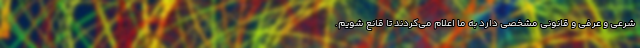
شرعی و عرفی و قانونی مشخصی دارد به ما اعلام می‌کردند تا قانع شویم.